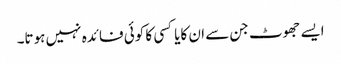
ایسے جھوٹ جن سے ان کایاکسی کا کوئی فائدہ نہیں ہوتا۔